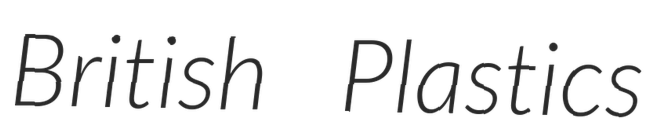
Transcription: British Plastics